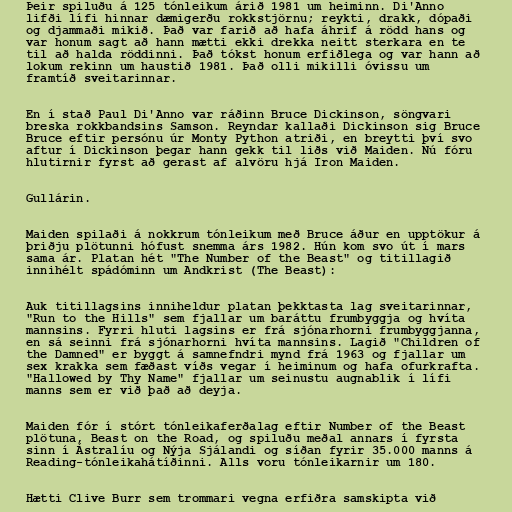
Þeir spiluðu á 125 tónleikum árið 1981 um heiminn. Di'Anno
lifði lífi hinnar dæmigerðu rokkstjörnu; reykti, drakk, dópaði
og djammaði mikið. Það var farið að hafa áhrif á rödd hans og
var honum sagt að hann mætti ekki drekka neitt sterkara en te
til að halda röddinni. Það tókst honum erfiðlega og var hann að
lokum rekinn um haustið 1981. Það olli mikilli óvissu um
framtíð sveitarinnar.

En í stað Paul Di'Anno var ráðinn Bruce Dickinson, söngvari
breska rokkbandsins Samson. Reyndar kallaði Dickinson sig Bruce
Bruce eftir persónu úr Monty Python atriði, en breytti því svo
aftur í Dickinson þegar hann gekk til liðs við Maiden. Nú fóru
hlutirnir fyrst að gerast af alvöru hjá Iron Maiden.

Gullárin.

Maiden spilaði á nokkrum tónleikum með Bruce áður en upptökur á
þriðju plötunni hófust snemma árs 1982. Hún kom svo út í mars
sama ár. Platan hét "The Number of the Beast" og titillagið
innihélt spádóminn um Andkrist (The Beast):

Auk titillagsins inniheldur platan þekktasta lag sveitarinnar,
"Run to the Hills" sem fjallar um baráttu frumbyggja og hvíta
mannsins. Fyrri hluti lagsins er frá sjónarhorni frumbyggjanna,
en sá seinni frá sjónarhorni hvíta mannsins. Lagið "Children of
the Damned" er byggt á samnefndri mynd frá 1963 og fjallar um
sex krakka sem fæðast víðs vegar í heiminum og hafa ofurkrafta.
"Hallowed by Thy Name" fjallar um seinustu augnablik í lífi
manns sem er við það að deyja.

Maiden fór í stórt tónleikaferðalag eftir Number of the Beast
plötuna, Beast on the Road, og spiluðu meðal annars í fyrsta
sinn í Ástralíu og Nýja Sjálandi og síðan fyrir 35.000 manns á
Reading-tónleikahátíðinni. Alls voru tónleikarnir um 180.

Hætti Clive Burr sem trommari vegna erfiðra samskipta við